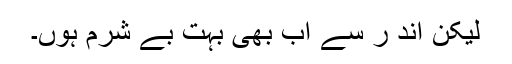
لیکن اند ر سے اب بھی بہت بے شرم ہوں۔